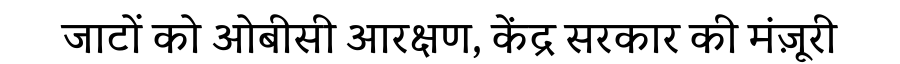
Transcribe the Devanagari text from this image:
जाटों को ओबीसी आरक्षण, केंद्र सरकार की मंज़ूरी